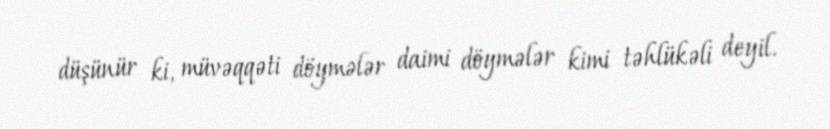
düşünür ki, müvəqqəti döymələr daimi döymələr kimi təhlükəli deyil.